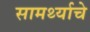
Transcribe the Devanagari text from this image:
सामर्थ्याचे